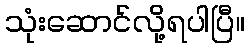
သုံးဆောင်လို့ရပါပြီ။